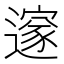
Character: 𮟏